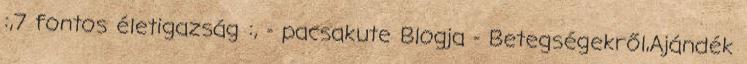
:,7 fontos életigazság :, - pacsakute Blogja - Betegségekről,Ajándék